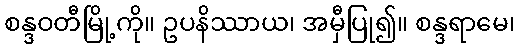
စန္ဒဝတီမြို့ကို။ ဥပနိဿာယ၊ အမှီပြု၍။ စန္ဒရာမေ၊